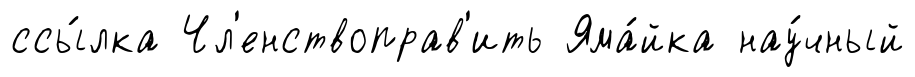
ссы́лка Чл'енствоправ'ить Яма́йка нау́чный